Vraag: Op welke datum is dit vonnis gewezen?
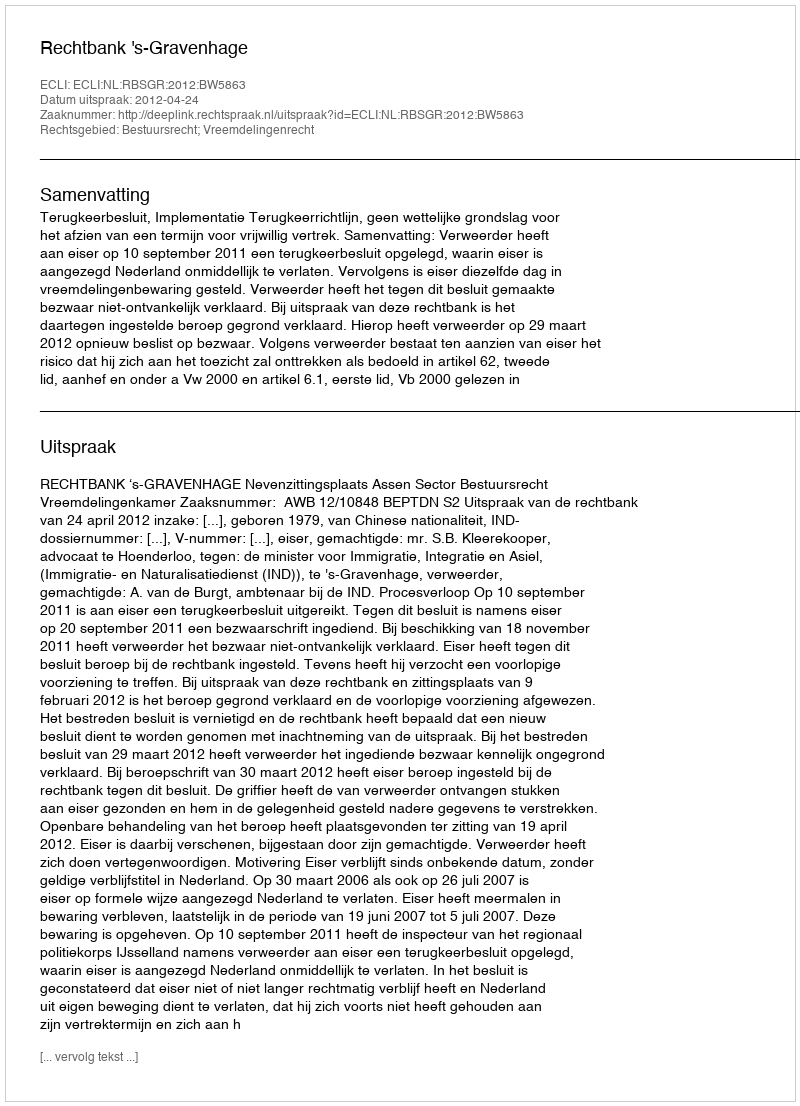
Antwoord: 2012-04-24